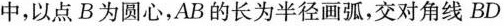
中，以点B为圆心，AB的长为半径画弧，交对角线BD